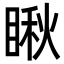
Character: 瞅